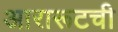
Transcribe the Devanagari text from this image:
आरारूटची